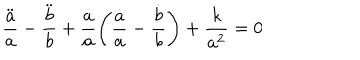
LaTeX: \frac { \ddot { a } } { a } - \frac { \ddot { b } } { b } + \frac { \dot { a } } { a } \Bigg ( \frac { \dot { a } } { a } - \frac { \dot { b } } { b } \Bigg ) + \frac { k } { a ^ { 2 } } = 0